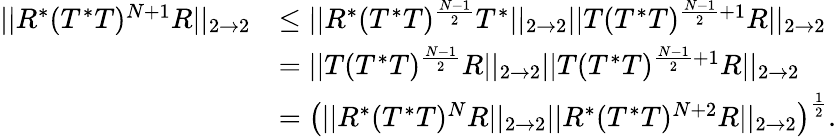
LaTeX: \begin{array}{rl}{||R^{*}(T^{*}T)^{N+1}R||_{2\rightarrow 2}}&{\leq||R^{*}(T^{*}T)^{\frac{N-1}{2}}T^{*}||_{2\rightarrow 2}||T(T^{*}T)^{\frac{N-1}{2}+1}R||_{2\rightarrow 2}}\\ &{=||T(T^{*}T)^{\frac{N-1}{2}}R||_{2\rightarrow 2}||T(T^{*}T)^{\frac{N-1}{2}+1}R||_{2\rightarrow 2}}\\ &{=\left(||R^{*}(T^{*}T)^{N}R||_{2\rightarrow 2}||R^{*}(T^{*}T)^{N+2}R||_{2\rightarrow 2}\right)^{\frac{1}{2}}.}\end{array}